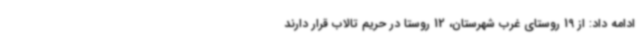
ادامه داد: از 19 روستای غرب شهرستان، 12 روستا در حریم تالاب قرار دارند